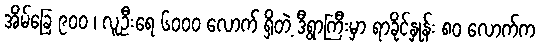
အိမ်ခြေ ၉၀၀ ၊ လူဦးရေ ၆၀၀၀ လောက် ရှိတဲ့ ဒီရွာကြီးမှာ ရာခိုင်နှုန်း ၈၀ လောက်က